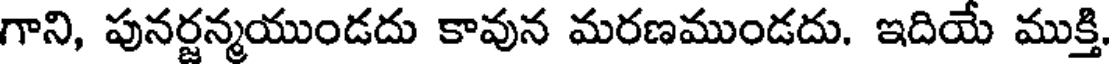
గాని, పునర్జన్మయుండదు కావున మరణముండదు. ఇదియే ముక్తి